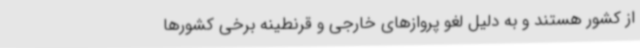
از کشور هستند و به دلیل لغو پروازهای خارجی و قرنطینه‌ برخی کشورها